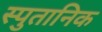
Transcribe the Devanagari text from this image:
स्पुतानिक